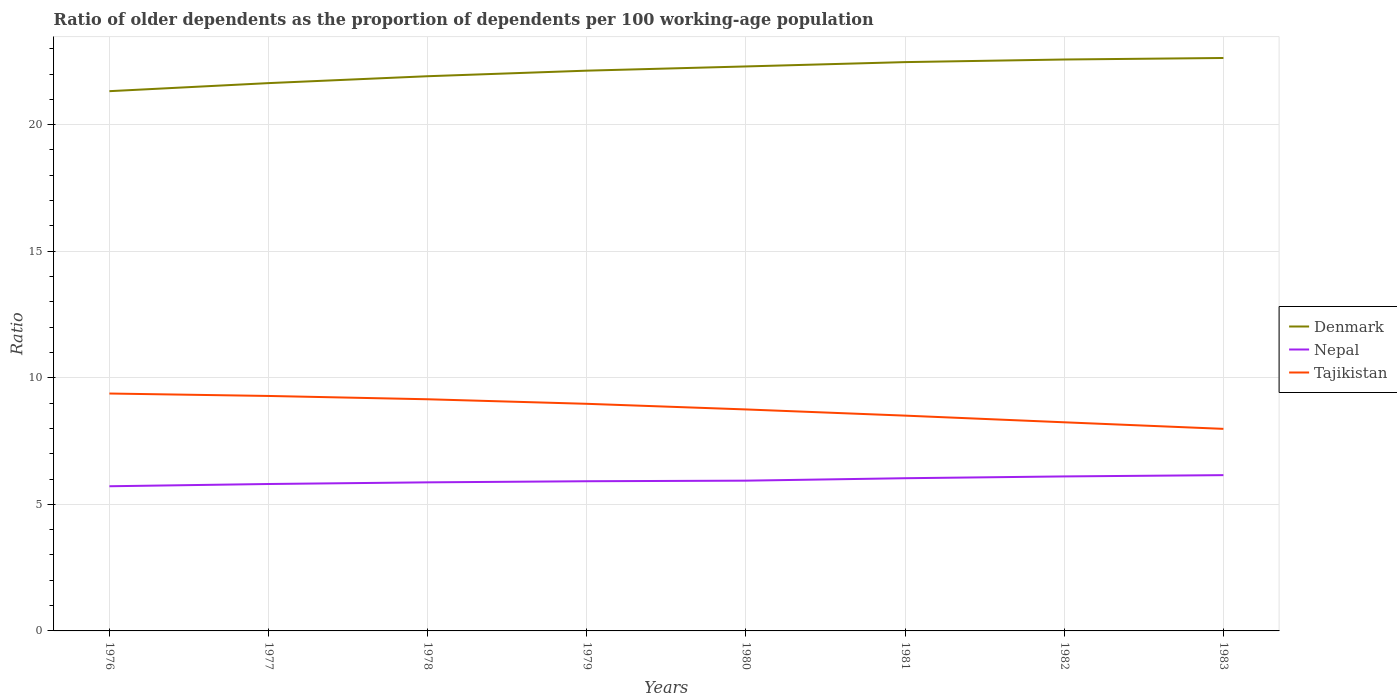
| Years | Denmark | Nepal | Tajikistan |
 | --- | --- | --- | --- |
 | 1976 | 21.3 | 5.72 | 9.38 |
 | 1977 | 21.6 | 5.8 | 9.28 |
 | 1978 | 21.9 | 5.87 | 9.15 |
 | 1979 | 22.1 | 5.91 | 8.97 |
 | 1980 | 22.3 | 5.94 | 8.75 |
 | 1981 | 22.5 | 6.03 | 8.51 |
 | 1982 | 22.6 | 6.1 | 8.24 |
 | 1983 | 22.6 | 6.15 | 7.98 |